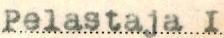
Pelastaja I